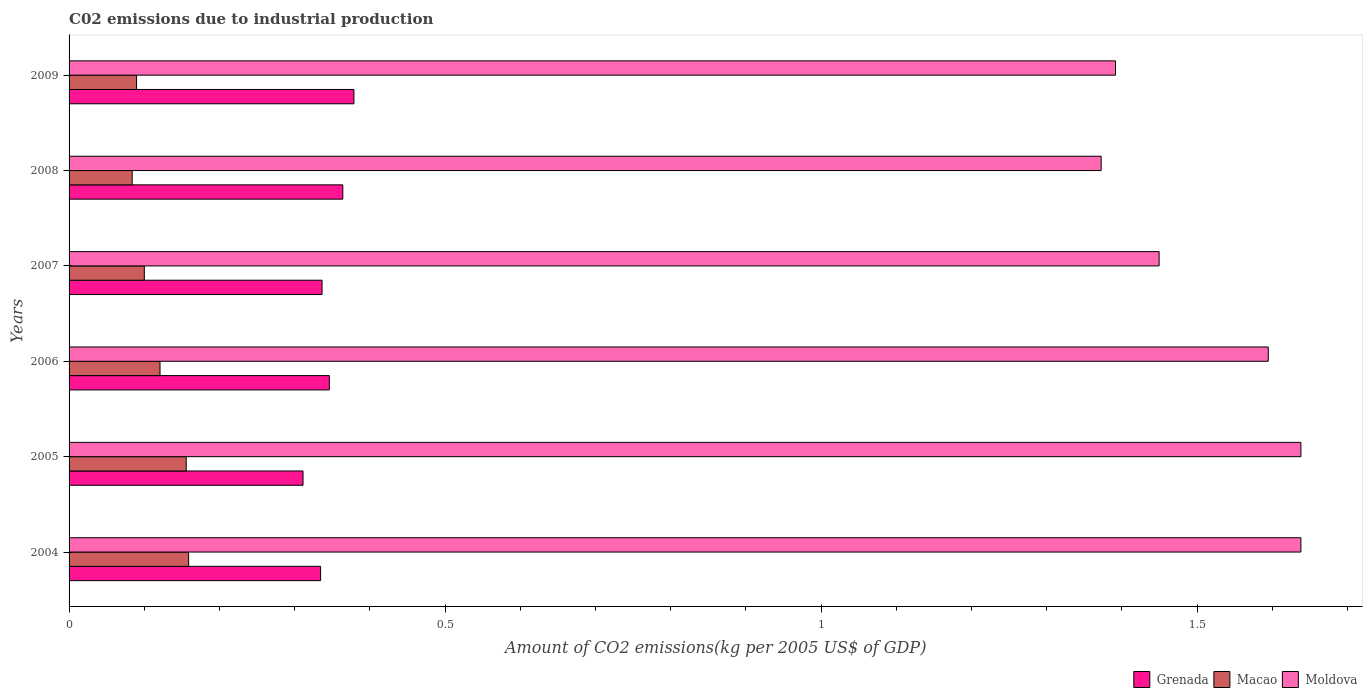
| Years | Grenada | Macao | Moldova |
 | --- | --- | --- | --- |
 | 2004 | 0.335 | 0.159 | 1.64 |
 | 2005 | 0.311 | 0.156 | 1.64 |
 | 2006 | 0.346 | 0.121 | 1.59 |
 | 2007 | 0.336 | 0.1 | 1.45 |
 | 2008 | 0.364 | 0.0839 | 1.37 |
 | 2009 | 0.379 | 0.0897 | 1.39 |